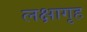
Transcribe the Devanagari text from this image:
लक्षागृह